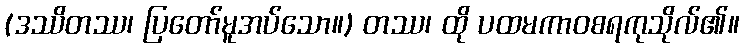
(ဒဿိတဿ၊ ပြတော်မူအပ်သော။) တဿ၊ ထို ပထမကာဝစရကုသိုလ်၏။